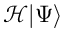
{ \mathcal { H } } | \Psi \rangle